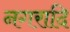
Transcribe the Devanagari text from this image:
नगरादि